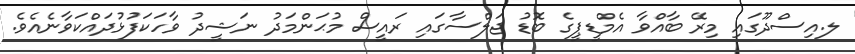
ލ.އިސްދޫގައި މިރޭ ބާއްވާ އެމްޑީޕީގެ ބޮޑު ޖަލްސާގައި ރައީސް މުޙަންމަދު ނަޝީދު ވާހަކަފުޅުދައްކަވާނެއެވެ.